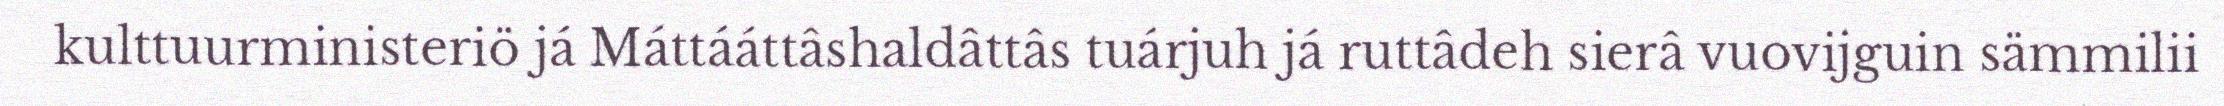
kulttuurministeriö já Máttááttâshaldâttâs tuárjuh já ruttâdeh sierâ vuovijguin sämmilii